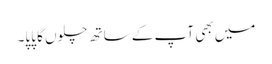
میں بھی آپ کے ساتھ چلوں گا پاپا۔